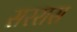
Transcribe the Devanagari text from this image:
सररास